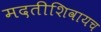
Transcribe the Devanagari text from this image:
मदतीशिवायच